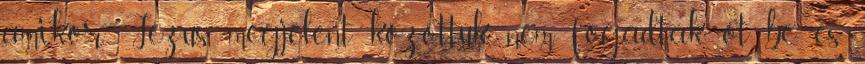
amikor Jézus megjelent közöttük, nem fogadták őt be, és